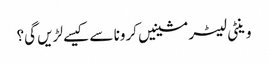
وینٹی لیٹر مشینیں کرونا سے کیسے لڑیں گی؟